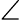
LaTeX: \angle